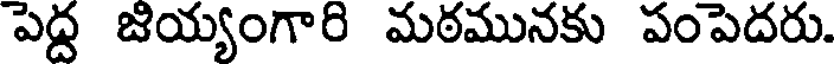
పెద్ద జియ్యంగారి మఠమునకు పంపెదరు.